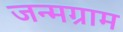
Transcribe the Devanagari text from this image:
जन्मग्राम